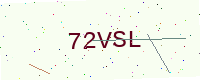
Text: 72VSL